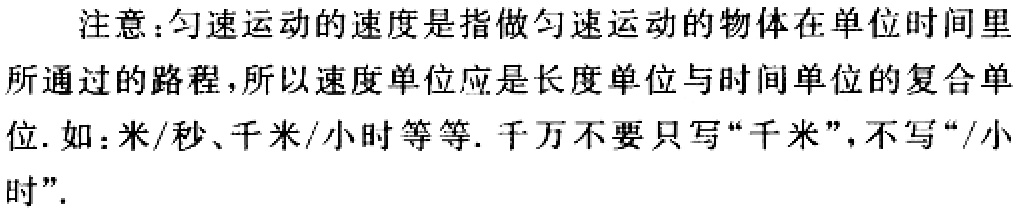
注意：匀速运动的速度是指做匀速运动的物体在单位时间里所通过的路程，所以速度单位应是长度单位与时间单位的复合单位. 如：米/秒、千米/小时等等. 千万不要只写“千米”，不写“/小时”.